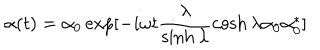
\alpha ( t ) = \alpha _ { 0 } \exp [ - i \omega t \frac { \lambda } { \sinh \lambda } \cosh \lambda \alpha _ { 0 } \alpha _ { 0 } ^ { * } ]